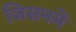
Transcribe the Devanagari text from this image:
जिसनमें